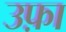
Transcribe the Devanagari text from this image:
उफ़ा